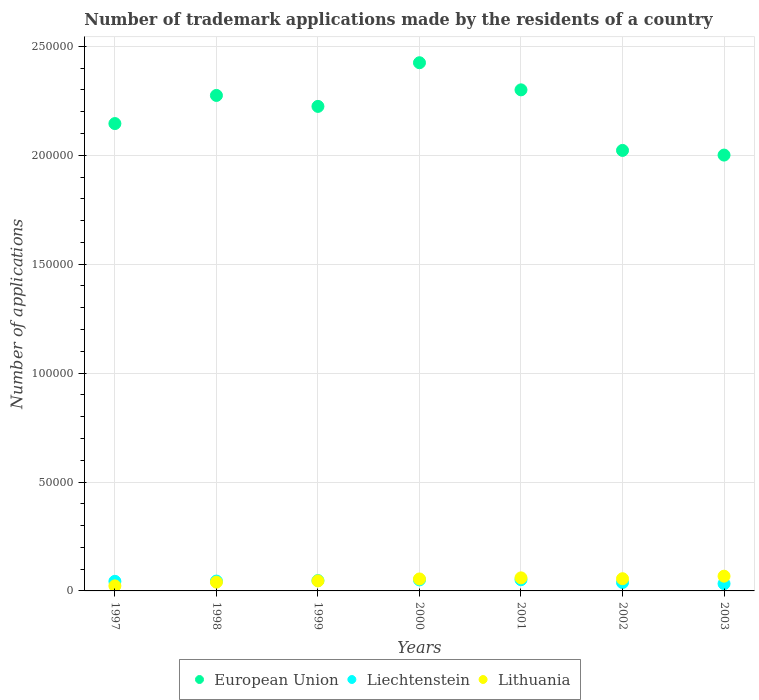
| Years | European Union | Liechtenstein | Lithuania |
 | --- | --- | --- | --- |
 | 1997 | 2.15e+05 | 4.4e+03 | 2.32e+03 |
 | 1998 | 2.27e+05 | 4.52e+03 | 4.02e+03 |
 | 1999 | 2.22e+05 | 4.76e+03 | 4.61e+03 |
 | 2000 | 2.42e+05 | 5.06e+03 | 5.5e+03 |
 | 2001 | 2.3e+05 | 5.15e+03 | 5.99e+03 |
 | 2002 | 2.02e+05 | 3.86e+03 | 5.6e+03 |
 | 2003 | 2e+05 | 3.33e+03 | 6.77e+03 |